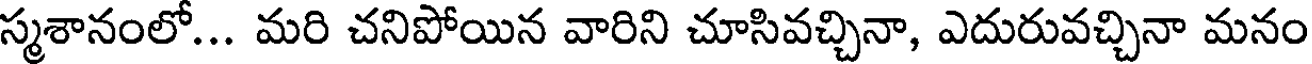
స్మశానంలో... మరి చనిపోయిన వారిని చూసివచ్చినా, ఎదురువచ్చినా మనం